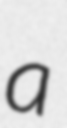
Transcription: a